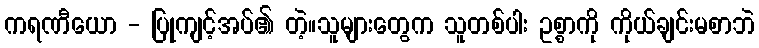
ကရဏီယော - ပြုကျင့်အပ်၏ တဲ့။သူများတွေက သူတစ်ပါး ဥစ္စာကို ကိုယ်ချင်းမစာဘဲ